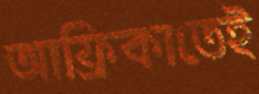
আফ্রিকাতেই